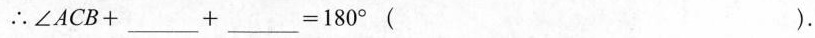
∴ $$ ∠ ACB + ___ + ___ = 180° $$ ( )。